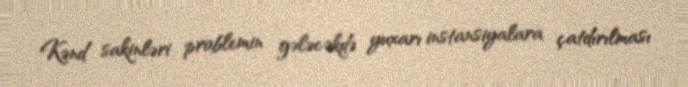
Kənd sakinləri problemin gələcəkdə yuxarı instansiyalara çatdırılması